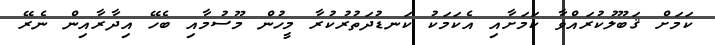
ކަމަށް ޤަބޫލުކުރައްވާ ކަމަށާއި އެކަމަކު ކަނޑުދަތުރުކުރާ މީހުން މޫސުމާއި ބެހޭ އިދާރާއިން ނެރޭ